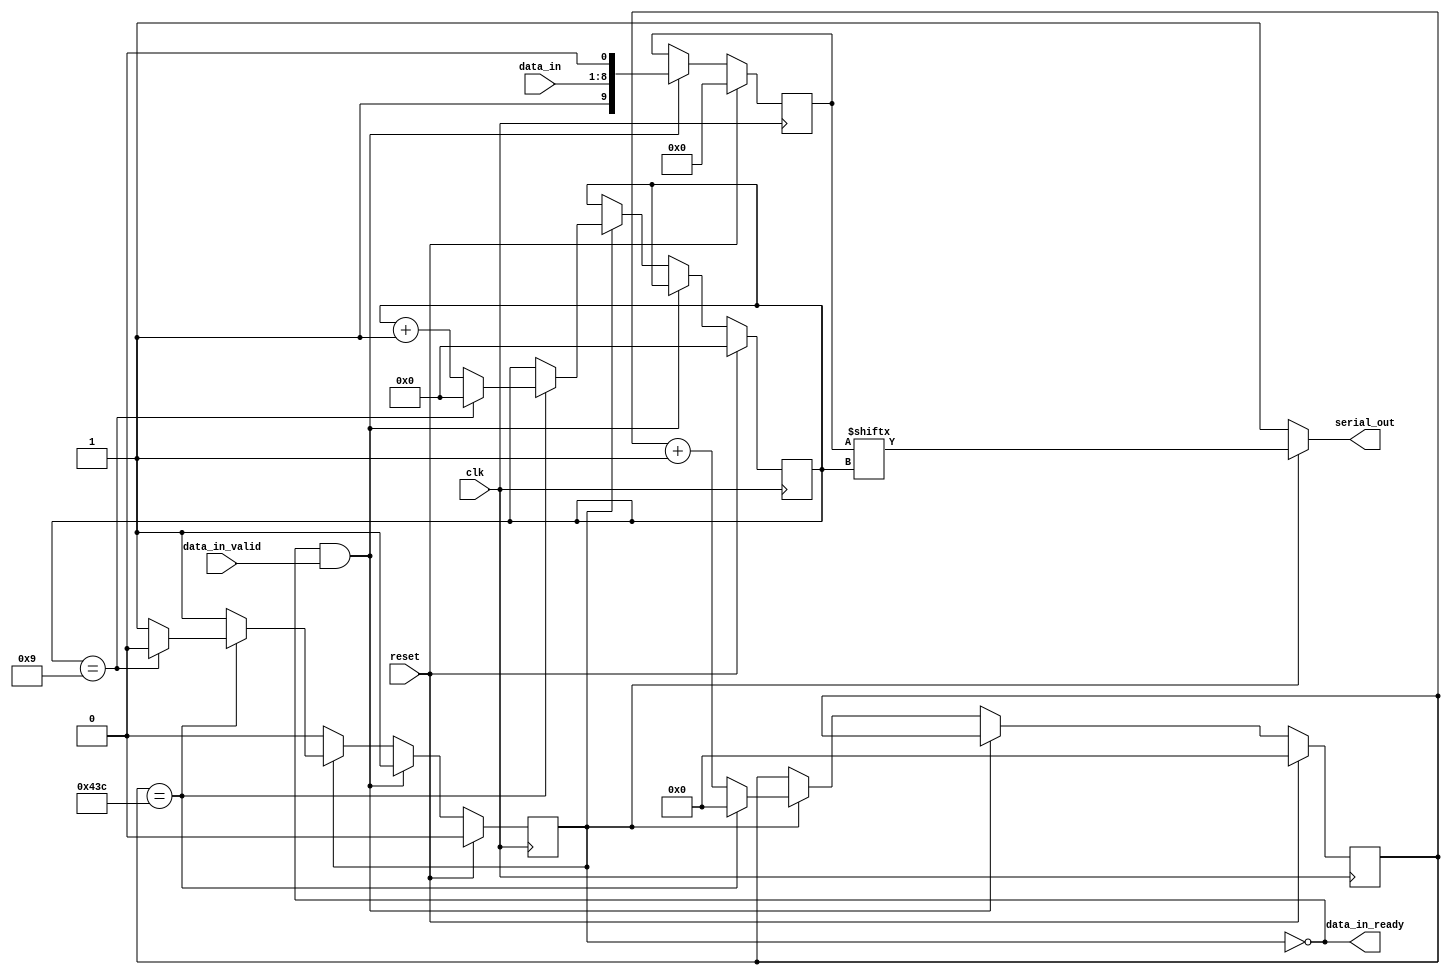
module uart_transmitter #(
    parameter CLOCK_FREQ = 125_000_000,
    parameter BAUD_RATE = 115_200)
(
    input clk,
    input reset,

    input [7:0] data_in,
    input data_in_valid,
    output data_in_ready,

    output serial_out
);
    // See diagram in the lab guide
    localparam  SYMBOL_EDGE_TIME    =   CLOCK_FREQ / BAUD_RATE;
    localparam  CLOCK_COUNTER_WIDTH =   $clog2(SYMBOL_EDGE_TIME);
    reg [9:0] tot_data_in = 10'b0;
    reg valid_data_present = 0;
    reg [CLOCK_COUNTER_WIDTH -1 : 0] set_cnt = 0;
    reg [4:0] data_ind = 0;

    assign data_in_ready = !valid_data_present;
    assign serial_out = !valid_data_present ? 1 : tot_data_in[data_ind];
    

    always @(posedge clk) begin
        if (reset) begin
            valid_data_present <= 0;
            set_cnt <= 0;
            data_ind <= 0;
            tot_data_in <= 0;
        end
        else if (data_in_ready && data_in_valid) begin
            valid_data_present <= 1;
            tot_data_in <= {1'b1, data_in, 1'b0};
        end
        else if (valid_data_present) begin
            set_cnt <= set_cnt + 1;
            if (set_cnt == SYMBOL_EDGE_TIME - 1) begin
                set_cnt <= 0;
                if (data_ind == 9) begin
                    valid_data_present <= 0;
                    data_ind <= 0;
                end else begin
                    data_ind <= data_ind + 1;
                end
            end 
        end
    end

    // beginning: serial_out & ready should stay 1, and don't increment counter since there is no data
    // once data is received: start incrementing counter, and start w bit 0, then data bits, then bit 1
    // once data is done iteration: set counter to 0, and set ready to 1
endmodule